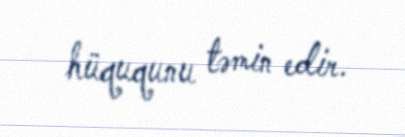
hüququnu təmin edir.